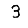
Digit: 3